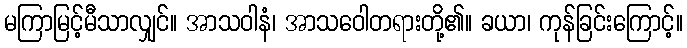
မကြာမြင့်မီသာလျှင်။ အာသဝါနံ၊ အာသဝေါတရားတို့၏။ ခယာ၊ ကုန်ခြင်းကြောင့်။